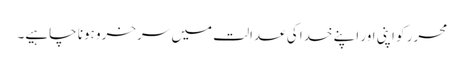
محرر کو اپنی اور اپنے خدا کی عدالت میں سرخرو ہونا چاہیے۔